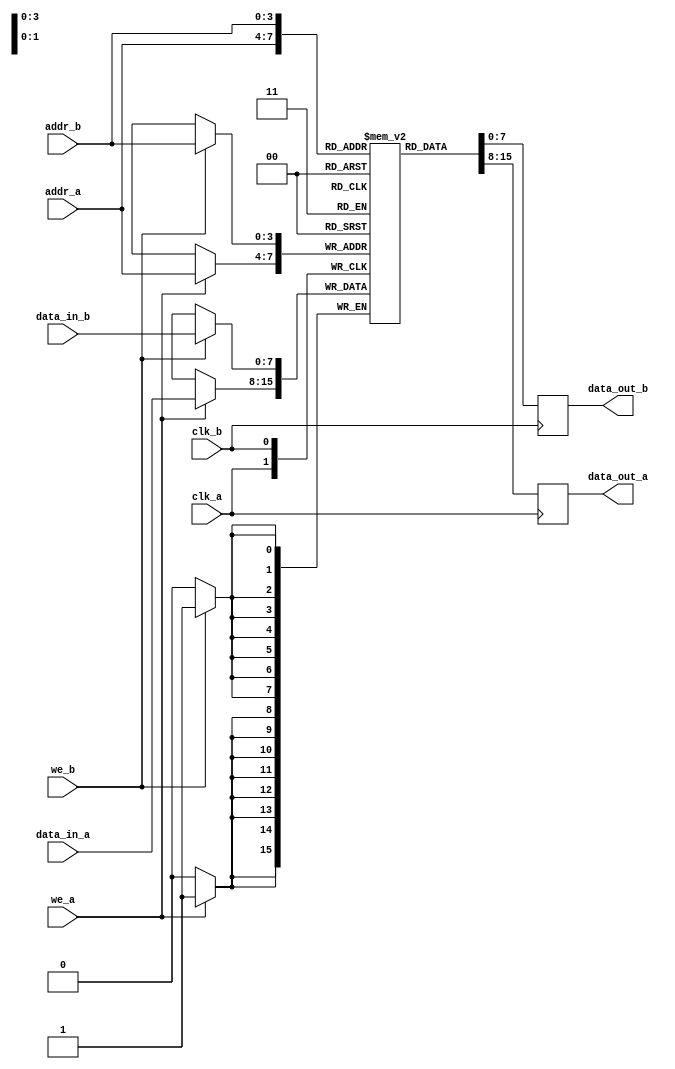
module dual_port_ram #(
    parameter DATA_WIDTH = 8,       // Data width in bits
    parameter ADDR_WIDTH = 4         // Address width in bits
)(
    input wire clk_a,                // Clock signal for Port A
    input wire we_a,                 // Write enable for Port A
    input wire [ADDR_WIDTH-1:0] addr_a, // Address for Port A
    input wire [DATA_WIDTH-1:0] data_in_a, // Data input for Port A
    output reg [DATA_WIDTH-1:0] data_out_a, // Data output for Port A

    input wire clk_b,                // Clock signal for Port B
    input wire we_b,                 // Write enable for Port B
    input wire [ADDR_WIDTH-1:0] addr_b, // Address for Port B
    input wire [DATA_WIDTH-1:0] data_in_b, // Data input for Port B
    output reg [DATA_WIDTH-1:0] data_out_b // Data output for Port B
);

    // Memory array declaration
    reg [DATA_WIDTH-1:0] ram [(2**ADDR_WIDTH)-1:0];

    // Port A Read/Write operations
    always @(posedge clk_a) begin
        if (we_a) begin
            // Write data to RAM at addr_a
            ram[addr_a] <= data_in_a;
        end
        // Read data from RAM at addr_a
        data_out_a <= ram[addr_a];
    end

    // Port B Read/Write operations
    always @(posedge clk_b) begin
        if (we_b) begin
            // Write data to RAM at addr_b
            ram[addr_b] <= data_in_b;
        end
        // Read data from RAM at addr_b
        data_out_b <= ram[addr_b];
    end

endmodule